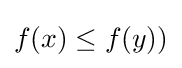
f(x)\leq f(y))